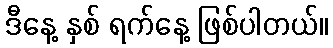
ဒီနေ့ နှစ် ရက်နေ့ ဖြစ်ပါတယ်။